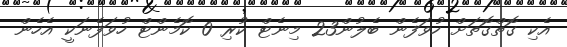
އެކި ގޮތްގޮތަށް ހުވަފެން ބެލުން23 މިނެޓް ކުރި 0 ކޮމެންޓް ހުވަފެނަކީ އެހެން